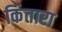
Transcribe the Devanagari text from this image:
किंतारा